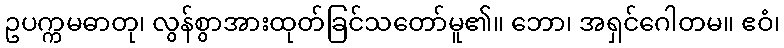
ဥပက္ကမဓာတု၊ လွန်စွာအားထုတ်ခြင်သတော်မူ၏။ ဘော၊ အရှင်ဂေါတမ။ ဧဝံ၊